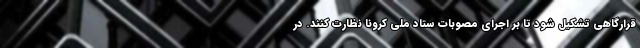
قرارگاهی تشکیل شود تا بر اجرای مصوبات ستاد ملی کرونا نظارت کنند. در